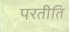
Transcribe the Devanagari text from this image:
परतीति